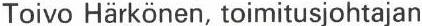
Toivo Härkönen, toimitusjohtajan